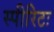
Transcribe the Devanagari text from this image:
स्पीरिटः